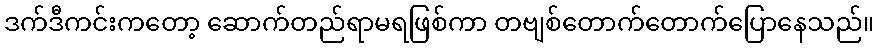
ဒက်ဒီကင်းကတော့ ဆောက်တည်ရာမရဖြစ်ကာ တဗျစ်တောက်တောက်ပြောနေသည်။